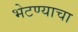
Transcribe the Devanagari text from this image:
भेटण्याचा